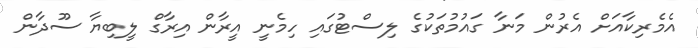
އެމެރިކާއަށް އެރުން މަނާ ގައުމުތަކުގެ ލިސްޓުގައި ހިމެނީ އީރާން އިރާގް ލީބިޔާ ސޫދާން